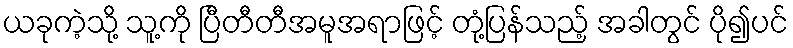
ယခုကဲ့သို့ သူ့ကို ပြီတီတီအမူအရာဖြင့် တုံ့ပြန်သည့် အခါတွင် ပို၍ပင်